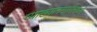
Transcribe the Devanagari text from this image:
व्याख्यानमालेमध्ये